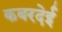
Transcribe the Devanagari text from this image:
कबरदेई